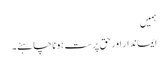
ہمیں
ایماندار اور حق پرست ہونا چاہئے۔